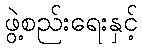
ဖွဲ့စည်းရေးနှင့်